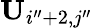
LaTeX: \mathbf{U}_{i^{\prime\prime}+2,j^{\prime\prime}}